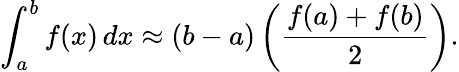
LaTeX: \int_{a}^{b}f(x)\, dx\approx(b-a)\left({\frac{f(a)+f(b)}{2}}\right).